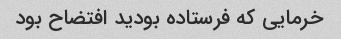
خرمایى که فرستاده بودید افتضاح بود